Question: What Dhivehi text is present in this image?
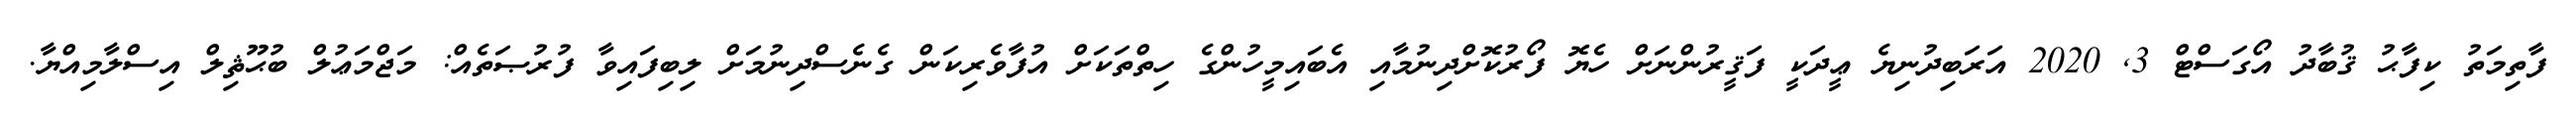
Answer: ފާތިމަތު ކިފާޙު ޤުބާދު އޯގަސްޓް 3, 2020 އަރަބިދުނިޔެ ޢީދަކީ ފަޤީރުންނަށް ހެޔޮ ފޯރުކޮށްދިނުމާއި އެބައިމީހުންގެ ހިތްތަކަށް އުފާވެރިކަން ގެނެސްދިނުމަށް ލިބިފައިވާ ފުރުޞަތެއް: މަޖްމަޢުލް ބުޙޫޘިލް އިސްލާމިއްޔާ.